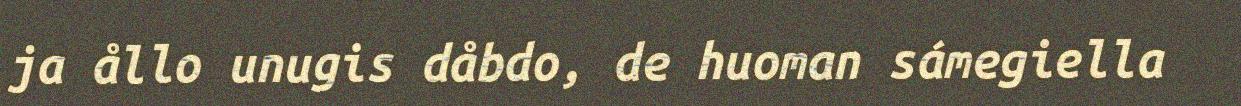
ja ållo unugis dåbdo, de huoman sámegiella